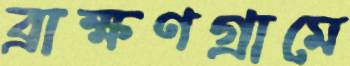
ব্রাক্ষণগ্রামে